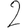
Digit: 2